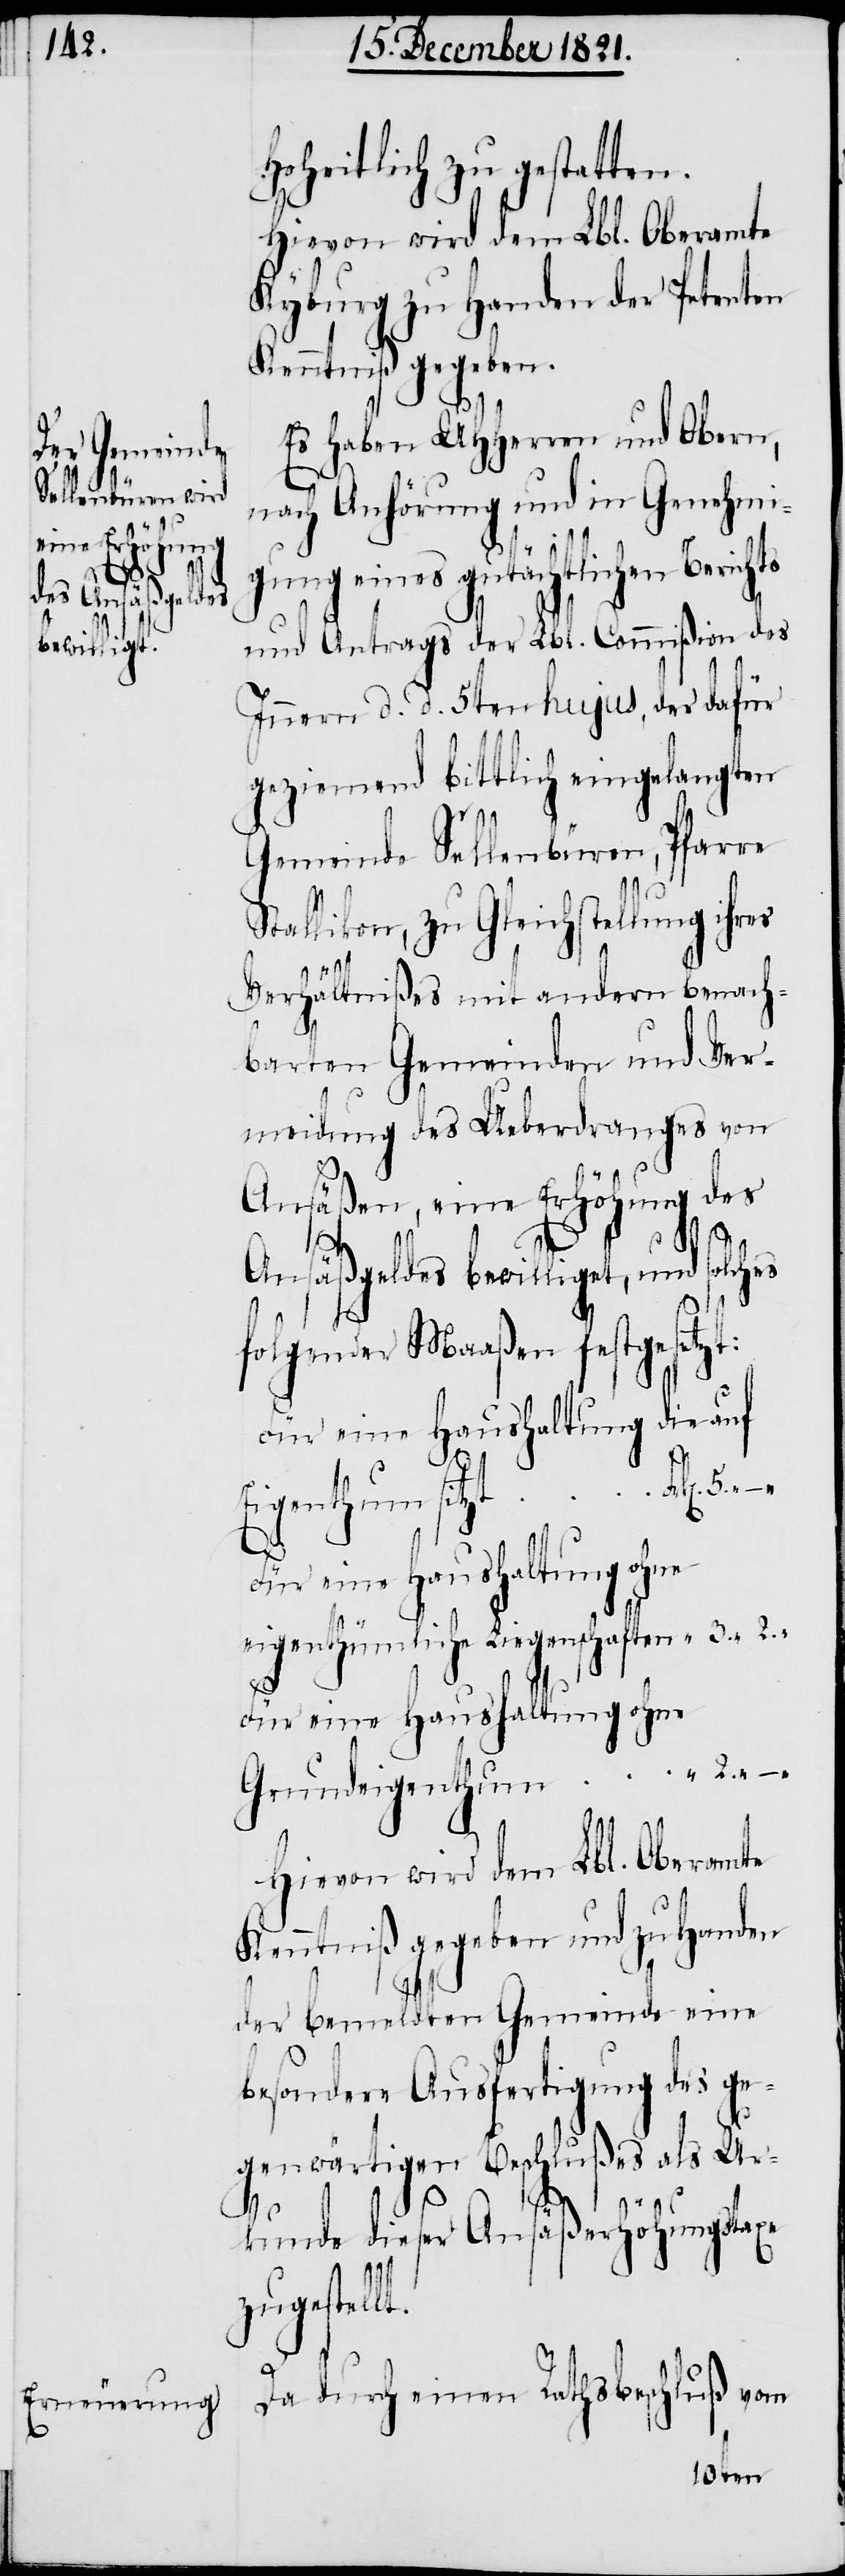
“

Hoheitlich zu gestatten.
Hievon wird dem Lbl. Oberamte
Kyburg zu Handen der Petenten
Kenntniß gegeben.
Es haben UHHerren und Obern,
nach Anhörung und in Genehmi¬
gung eines gutächtlichen Beric¬
und Antrags der Lbl. Commißion des
Innern d. d. 5ten hujus, der dafür
geziemend bittlich eingelangten
Gemeinde Sellenbüren, Pfarre
Stallikon, zu Gleichstellung ihres
lt.
Verhältnißes mit andern benach¬
barten Gemeinden und Ver¬
meidung des Ueberdranges von
Ansäßen, eine Erhöhung des
Ansäßengeldes bewilliget, und solches
folgender Maaßen festgeset¬
Für eine Haushaltung die auf
Eigenthum sitzt
2.–.
Für eine Haushaltung ohne
eigenthümliche Liegenschaften
Für eine Haushaltung ohne
Grundeigenthum
Hievon wird dem Lbl. Oberamte
Kenntniß gegeben und zu Handen
der bemeldten Gemeinde eine
besondere Ausfertigung des ge¬
genwärtigen Beschlußes als Ur¬
kunde dieser Ansäßerhöhungstaxe
zugestel¬
Da durch einen Rathsbeschluß vom